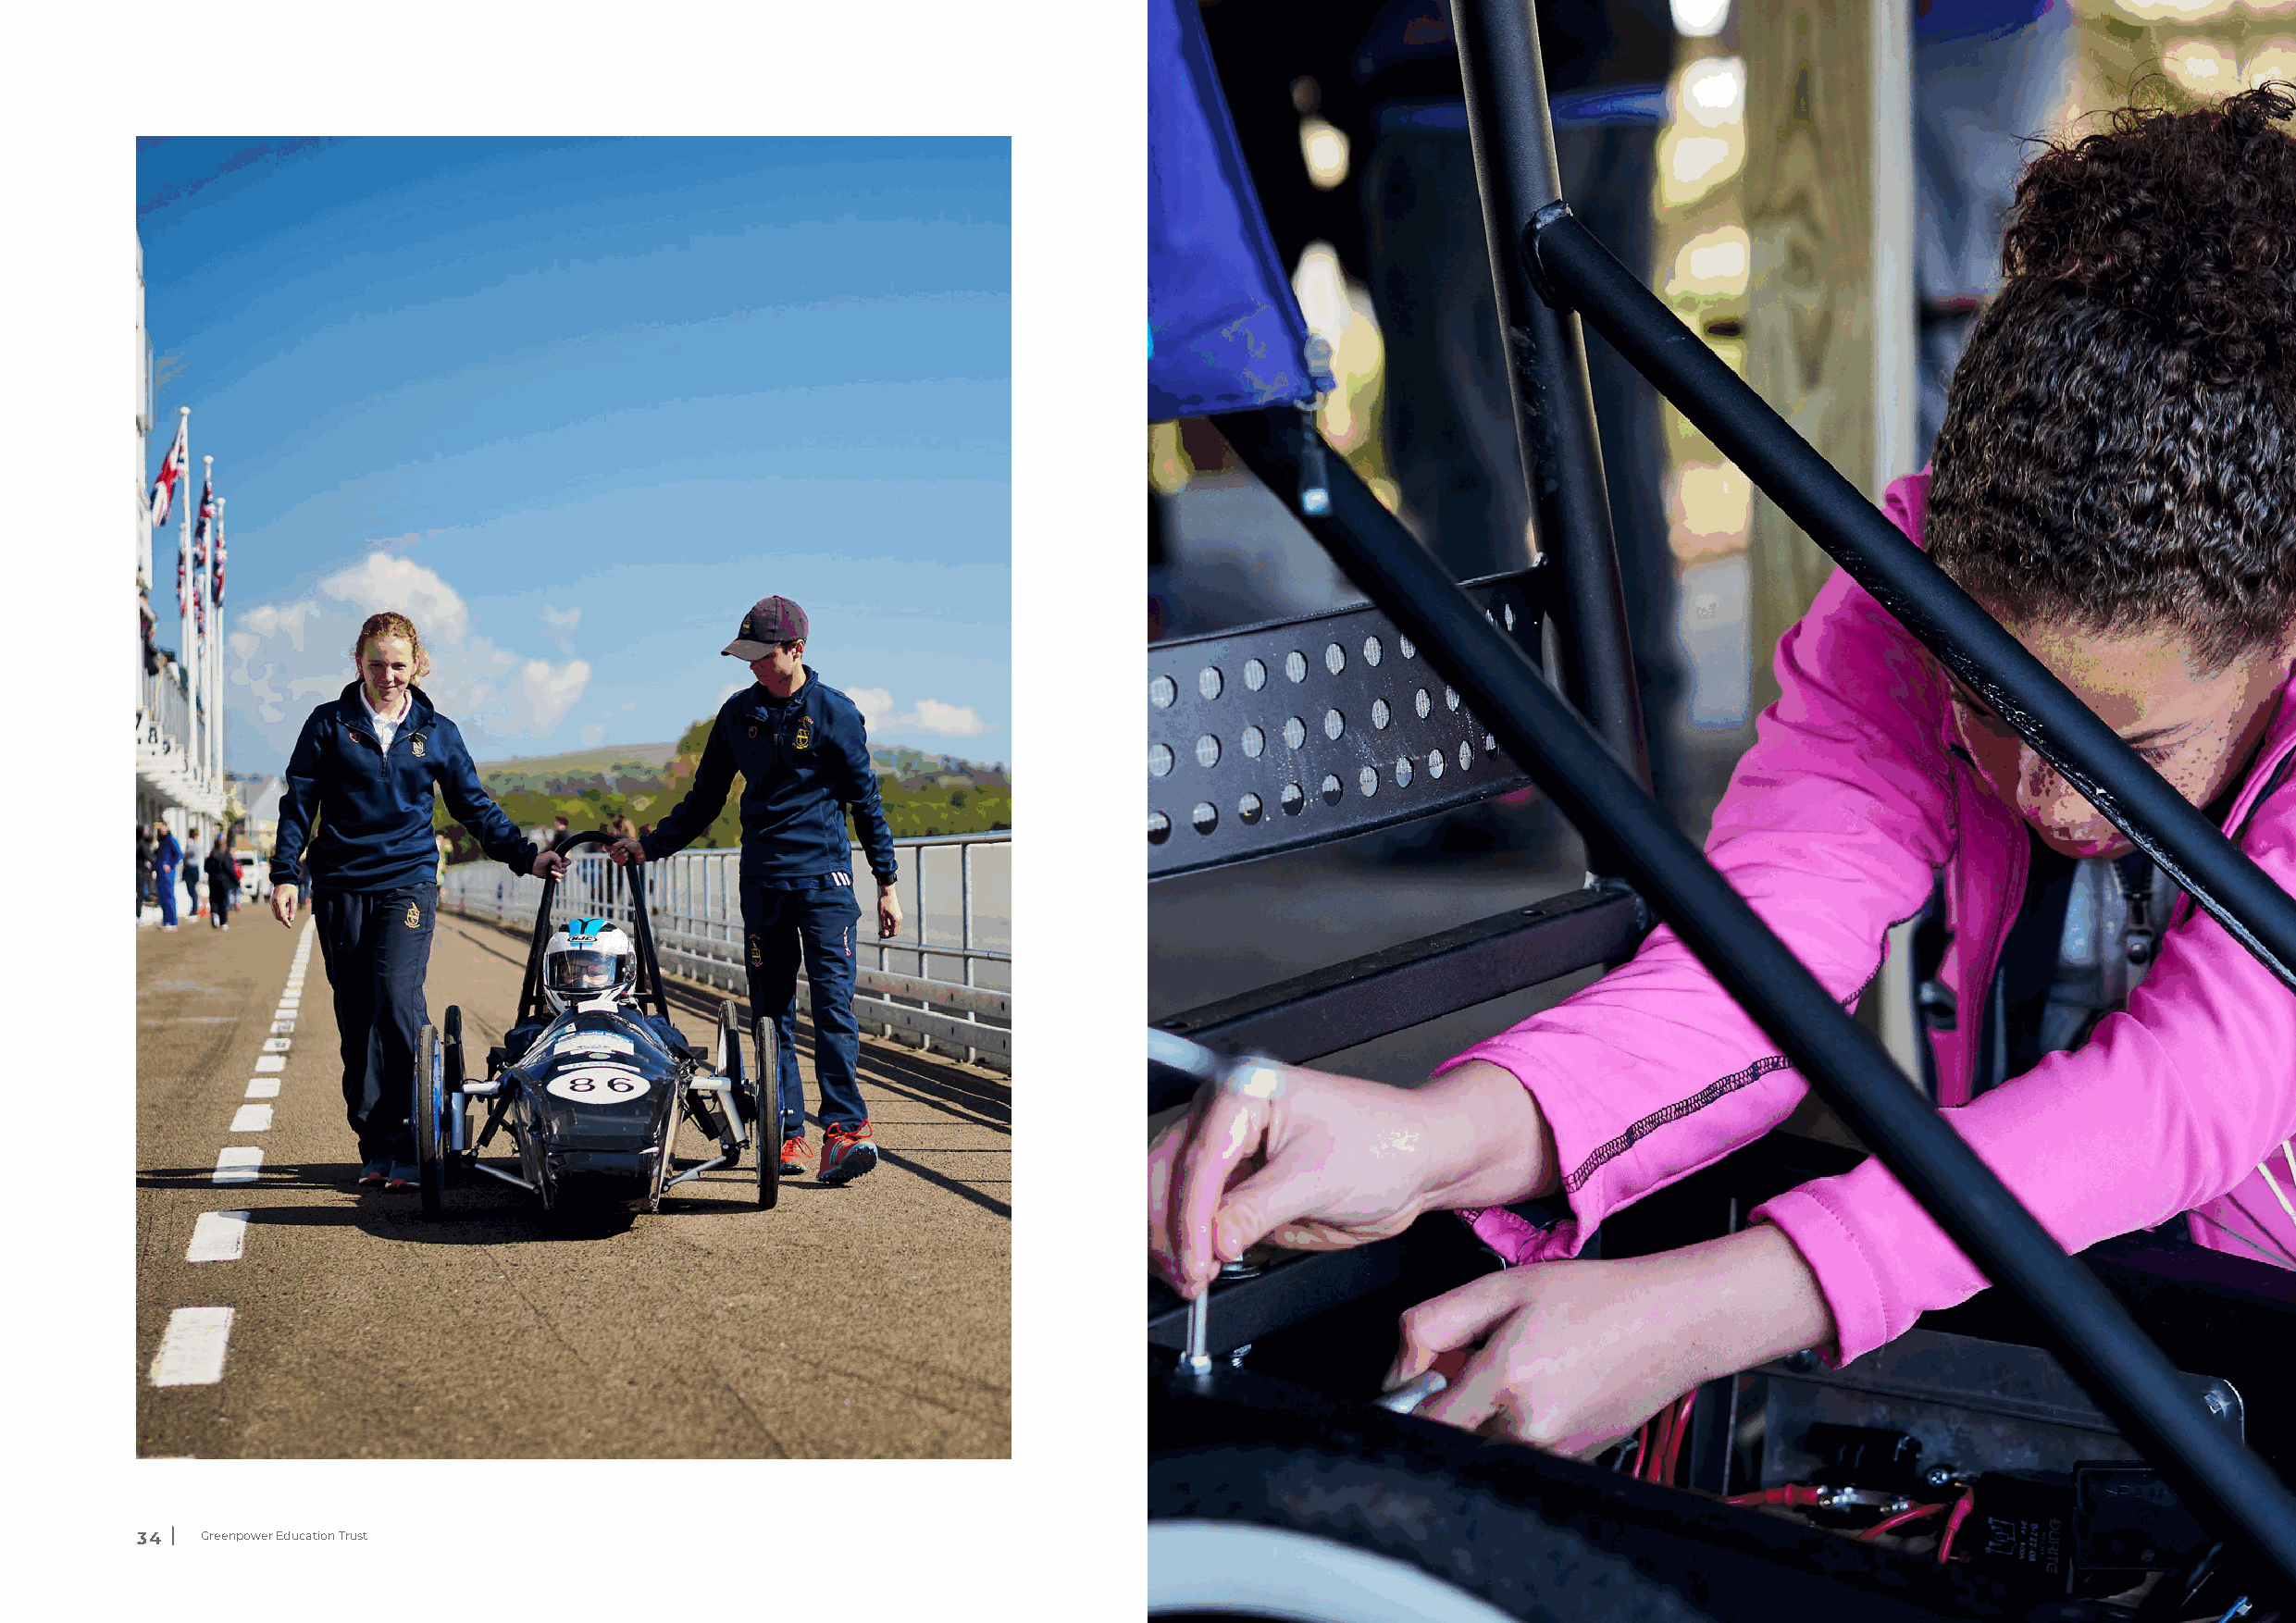
34  Greenpower Education Trust                                                    35  Greenpower Education Trust